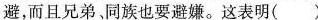
避，而且兄弟，同族也要避嫌。这表明( )